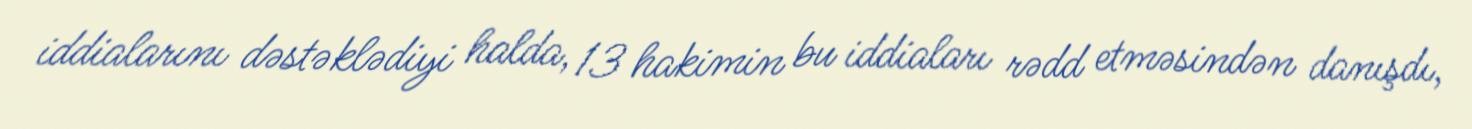
iddialarını dəstəklədiyi halda, 13 hakimin bu iddiaları rədd etməsindən danışdı,